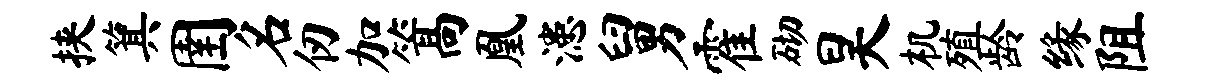
挟箕圉名仞加篙凰漶舅霍砌昊机殖龄缘阻